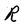
Character: R